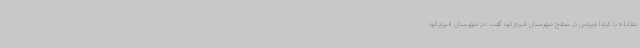
مقابله با کرونا ویروس در سطح شهرستان فیروزکوه گفت: در شهرستان فیروزکوه